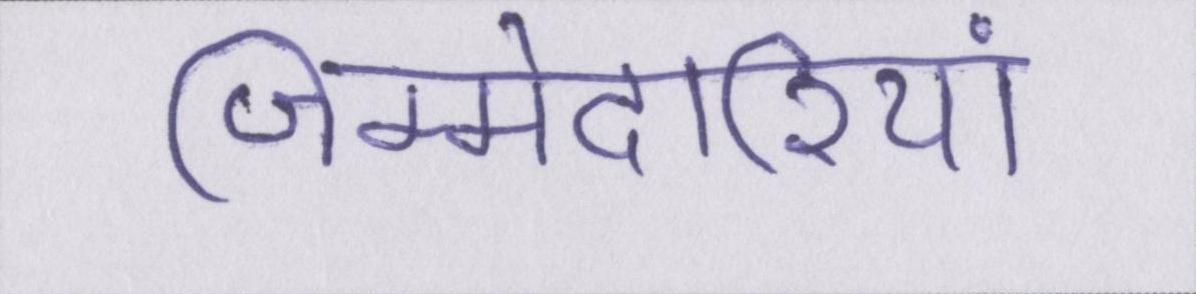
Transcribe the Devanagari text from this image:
जिम्मेदारियां